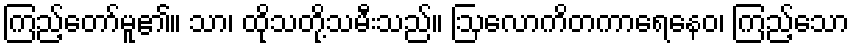
ကြည့်တော်မူ၏။ သာ၊ ထိုသတို့သမီးသည်။ ဩလောကိတကာရေနေဝ၊ ကြည့်သော